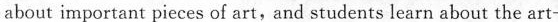
about important pieces of art, and students learn about the art-